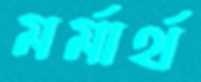
মর্মার্থ